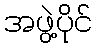
အဖွဲ့ပိုင်